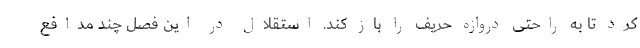
کرد تا به راحتی دروازه حریف را باز کند. استقلال در این فصل چند مدافع